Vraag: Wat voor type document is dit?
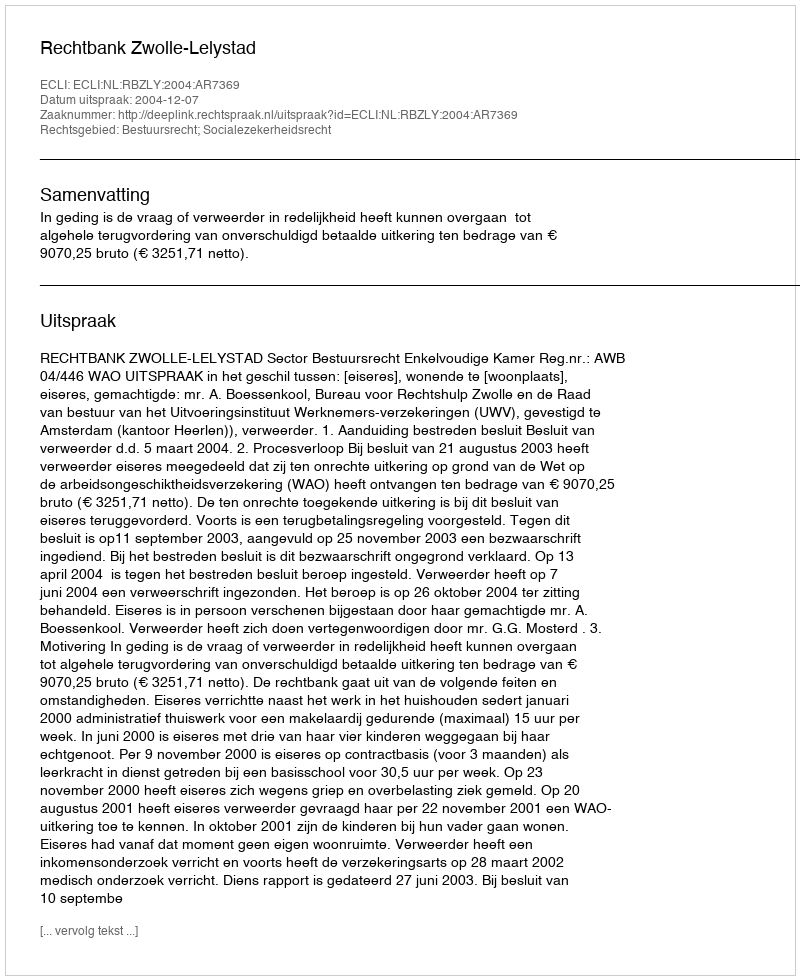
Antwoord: Uitspraak